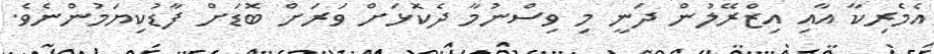
އެމެރިކާ އާއި އިޒްރޭލުން ދަނީ މި ވިސްނުމާ ދެކޮޅަށް ވަރަށް ބޮޑަށް ފާޑުކިޔަމުންނެވެ.